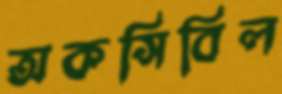
অকসিবিল